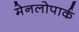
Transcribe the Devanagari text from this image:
मेनलोपार्क